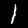
Label: 1